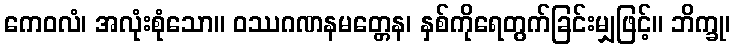
ကေဝလံ၊ အလုံးစုံသော။ ဝဿဂဏနမတ္တေန၊ နှစ်ကိုရေတွက်ခြင်းမျှဖြင့်။ ဘိက္ခု၊